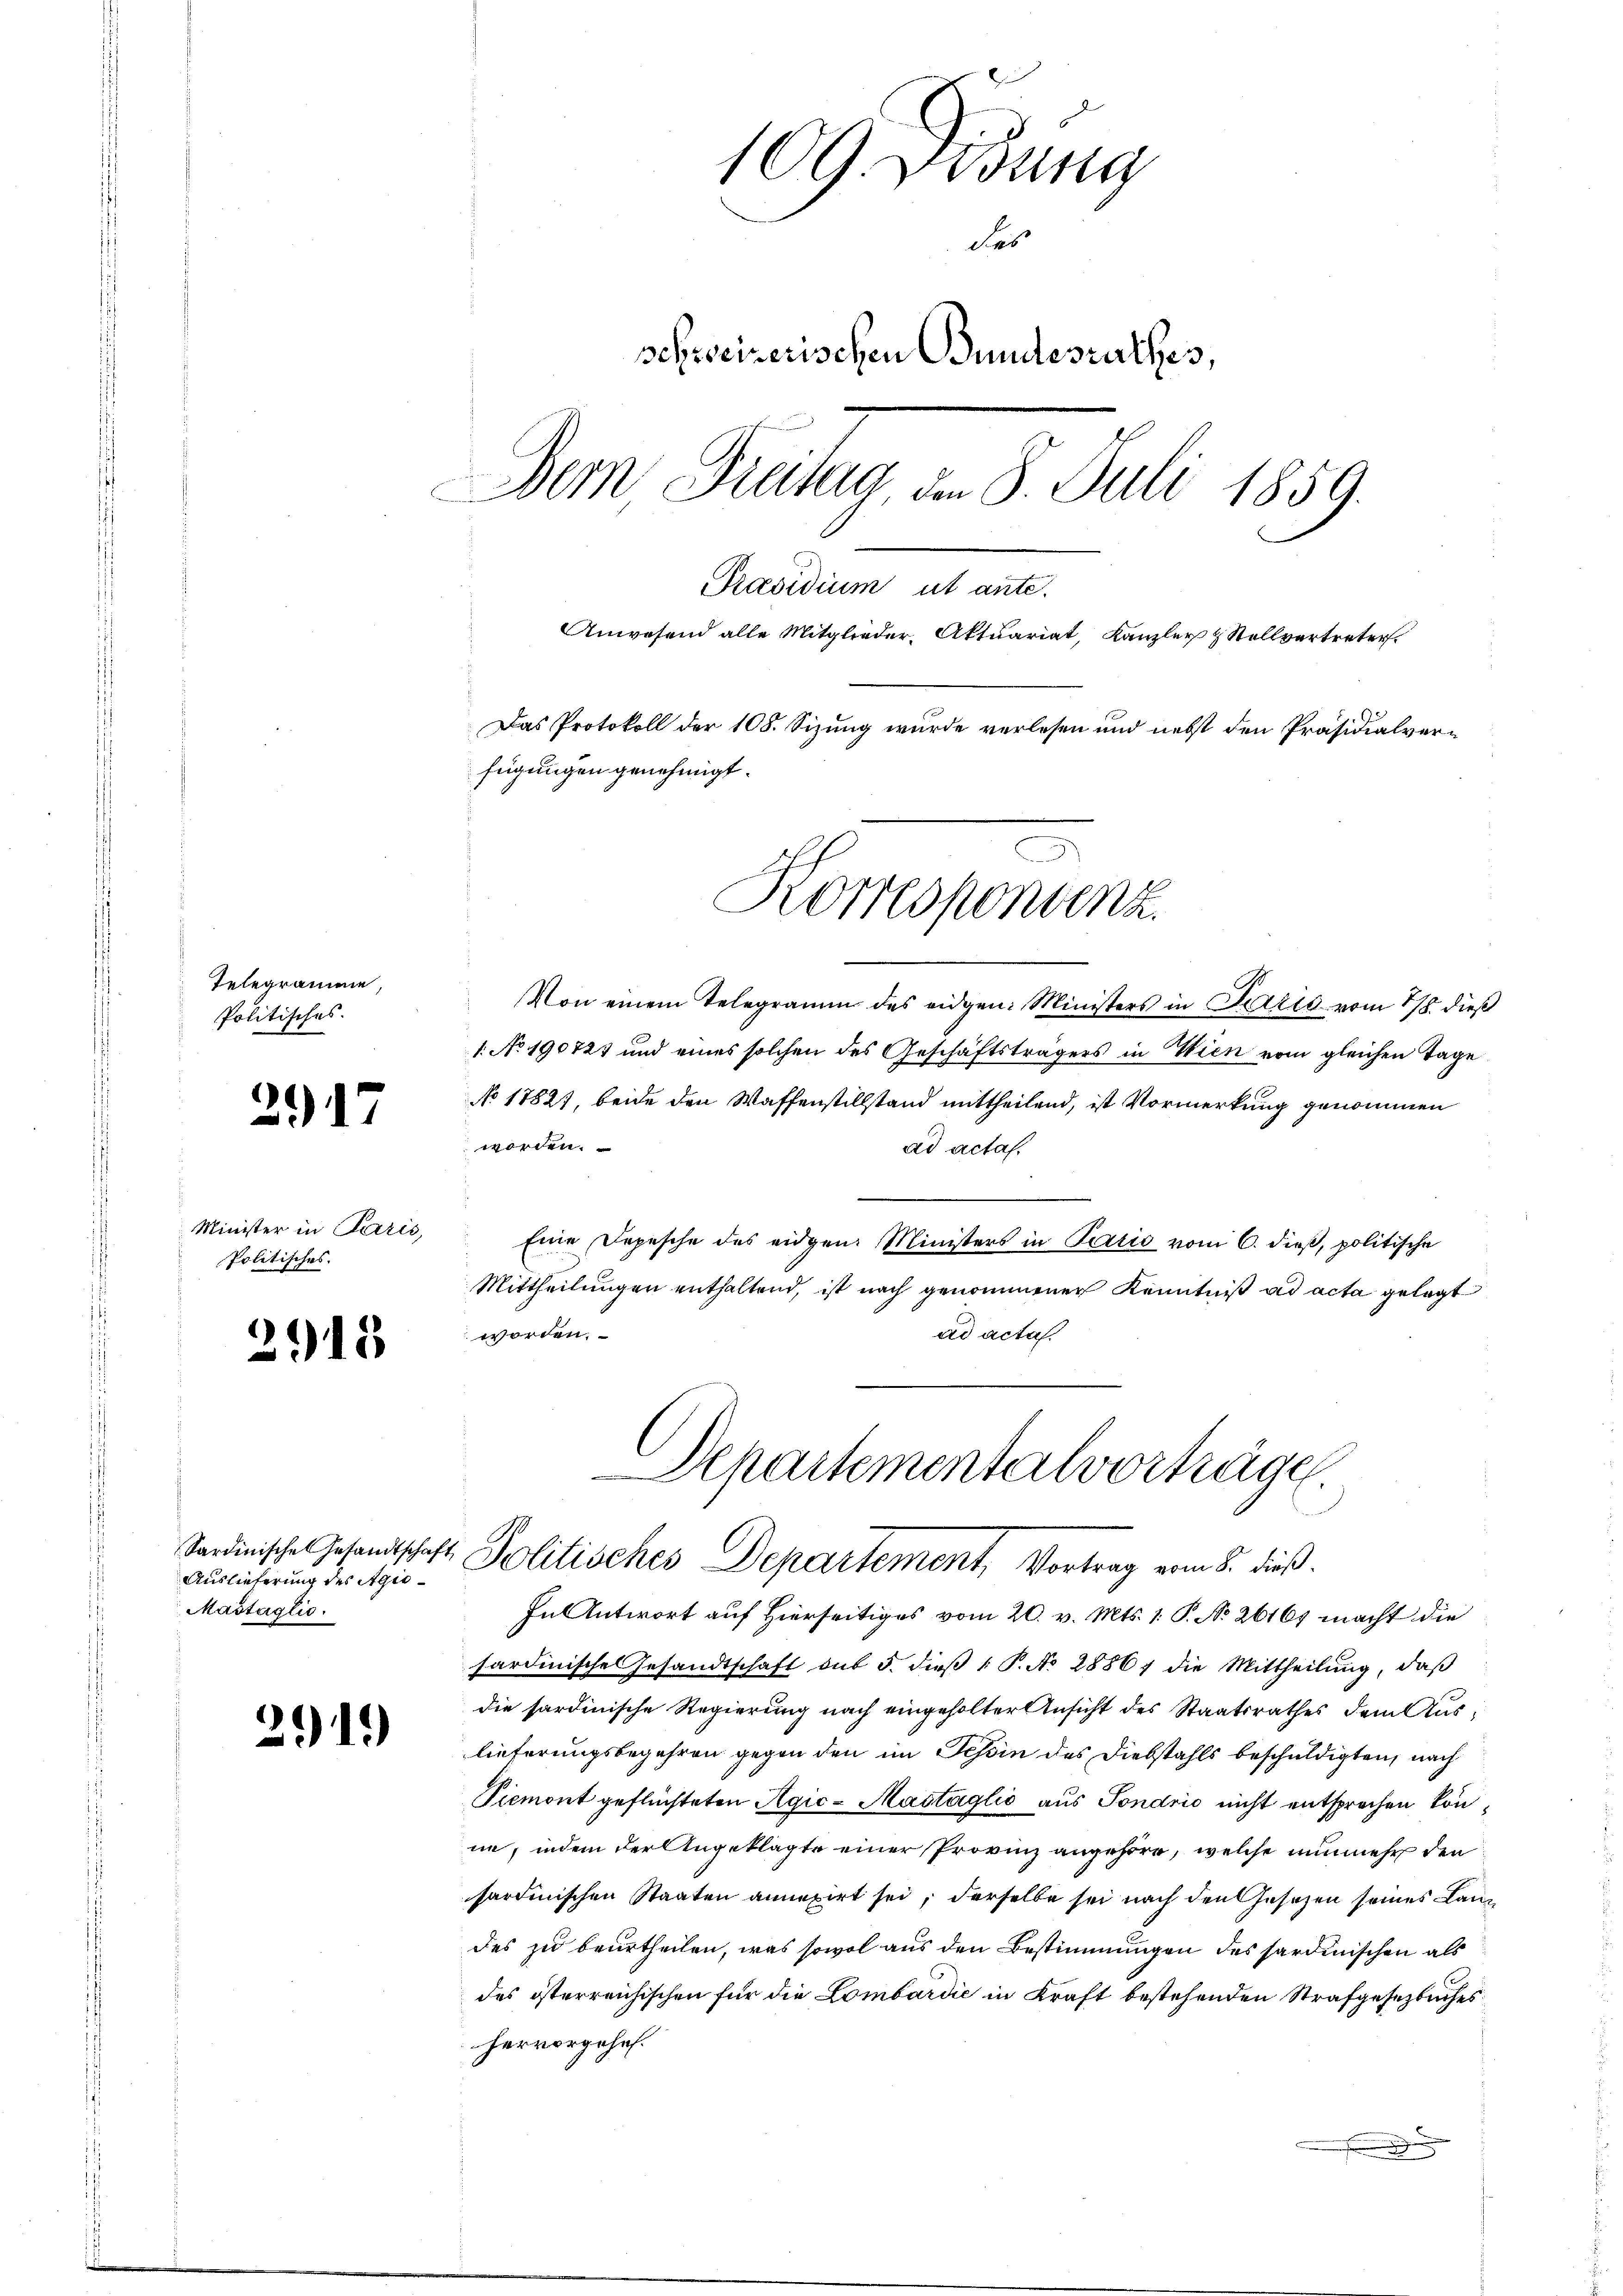
Telegramme,
Politisches.

3917

Minister in Paris,
Politisches.

2915

Auslieferung des Agio¬
Mastaglio.

291)

109. Disung
des
schreizerischen Bundesrathes,
Dem Dritag, an 8. Juli 1859.
Präsidium ut ante.
Anwesend alle Mitglieder Aktuariat, Kanzler & Stellvertreter
Das Protokoll der 108. Sizung wurde verlesen und nebst den Präsidialverfügungen genehmigt.

Korrespondenz

Von einem Telegramm des eidgen: Ministers in Paris vom 18. dieß
1 No 190723 und eines solchen des Geschäftsträgers in Wien vom gleichen Tage
No 11827, beide den Waffenstillstand mittheilend, ist Vormerkung genommen
worden.
ad actas.
Eine Depesche des eidgen. Ministers in Paris vom 6. dieß, politische
Mittheilungen enthaltend, ist nach genommener Kenntniß ad acta gelegt
ad acta.
worden.

Departementalvorträge.
Sardinischen Gesandtschaft Politisches Departement, Vortrag vom 8. dieß.

In Antwort auf Hierseitiges vom 20. v. Mts. 1. P. No 26167 macht die
sardinische Gesandtschaft aŭs 5. dieβ (: P. No 28867 die Mittheilŭng, daβ
die sardinische Regierung nach eingeholter Ansicht des Staatsrathes dem Auslieferungsbegehren gegen den im Tessin des Diebstahls beschuldigten, nach
Piemont geflüchteten Agić-Mastaglio aus Sondrić nicht entsprochen könin, indem der Angeklagte einer Provinz angehöre, welche nunmehr den
sardinischen Staaten annexirt sei, derselbe sei nach den Gesetzen seines Lanz
des zu beurtheilen, was sowol aus den Bestimmungen des sardinischen als
des österreichischen für die Lombardić in Kraft bestehenden Strafgesetzbuches
hervorgehef.
.